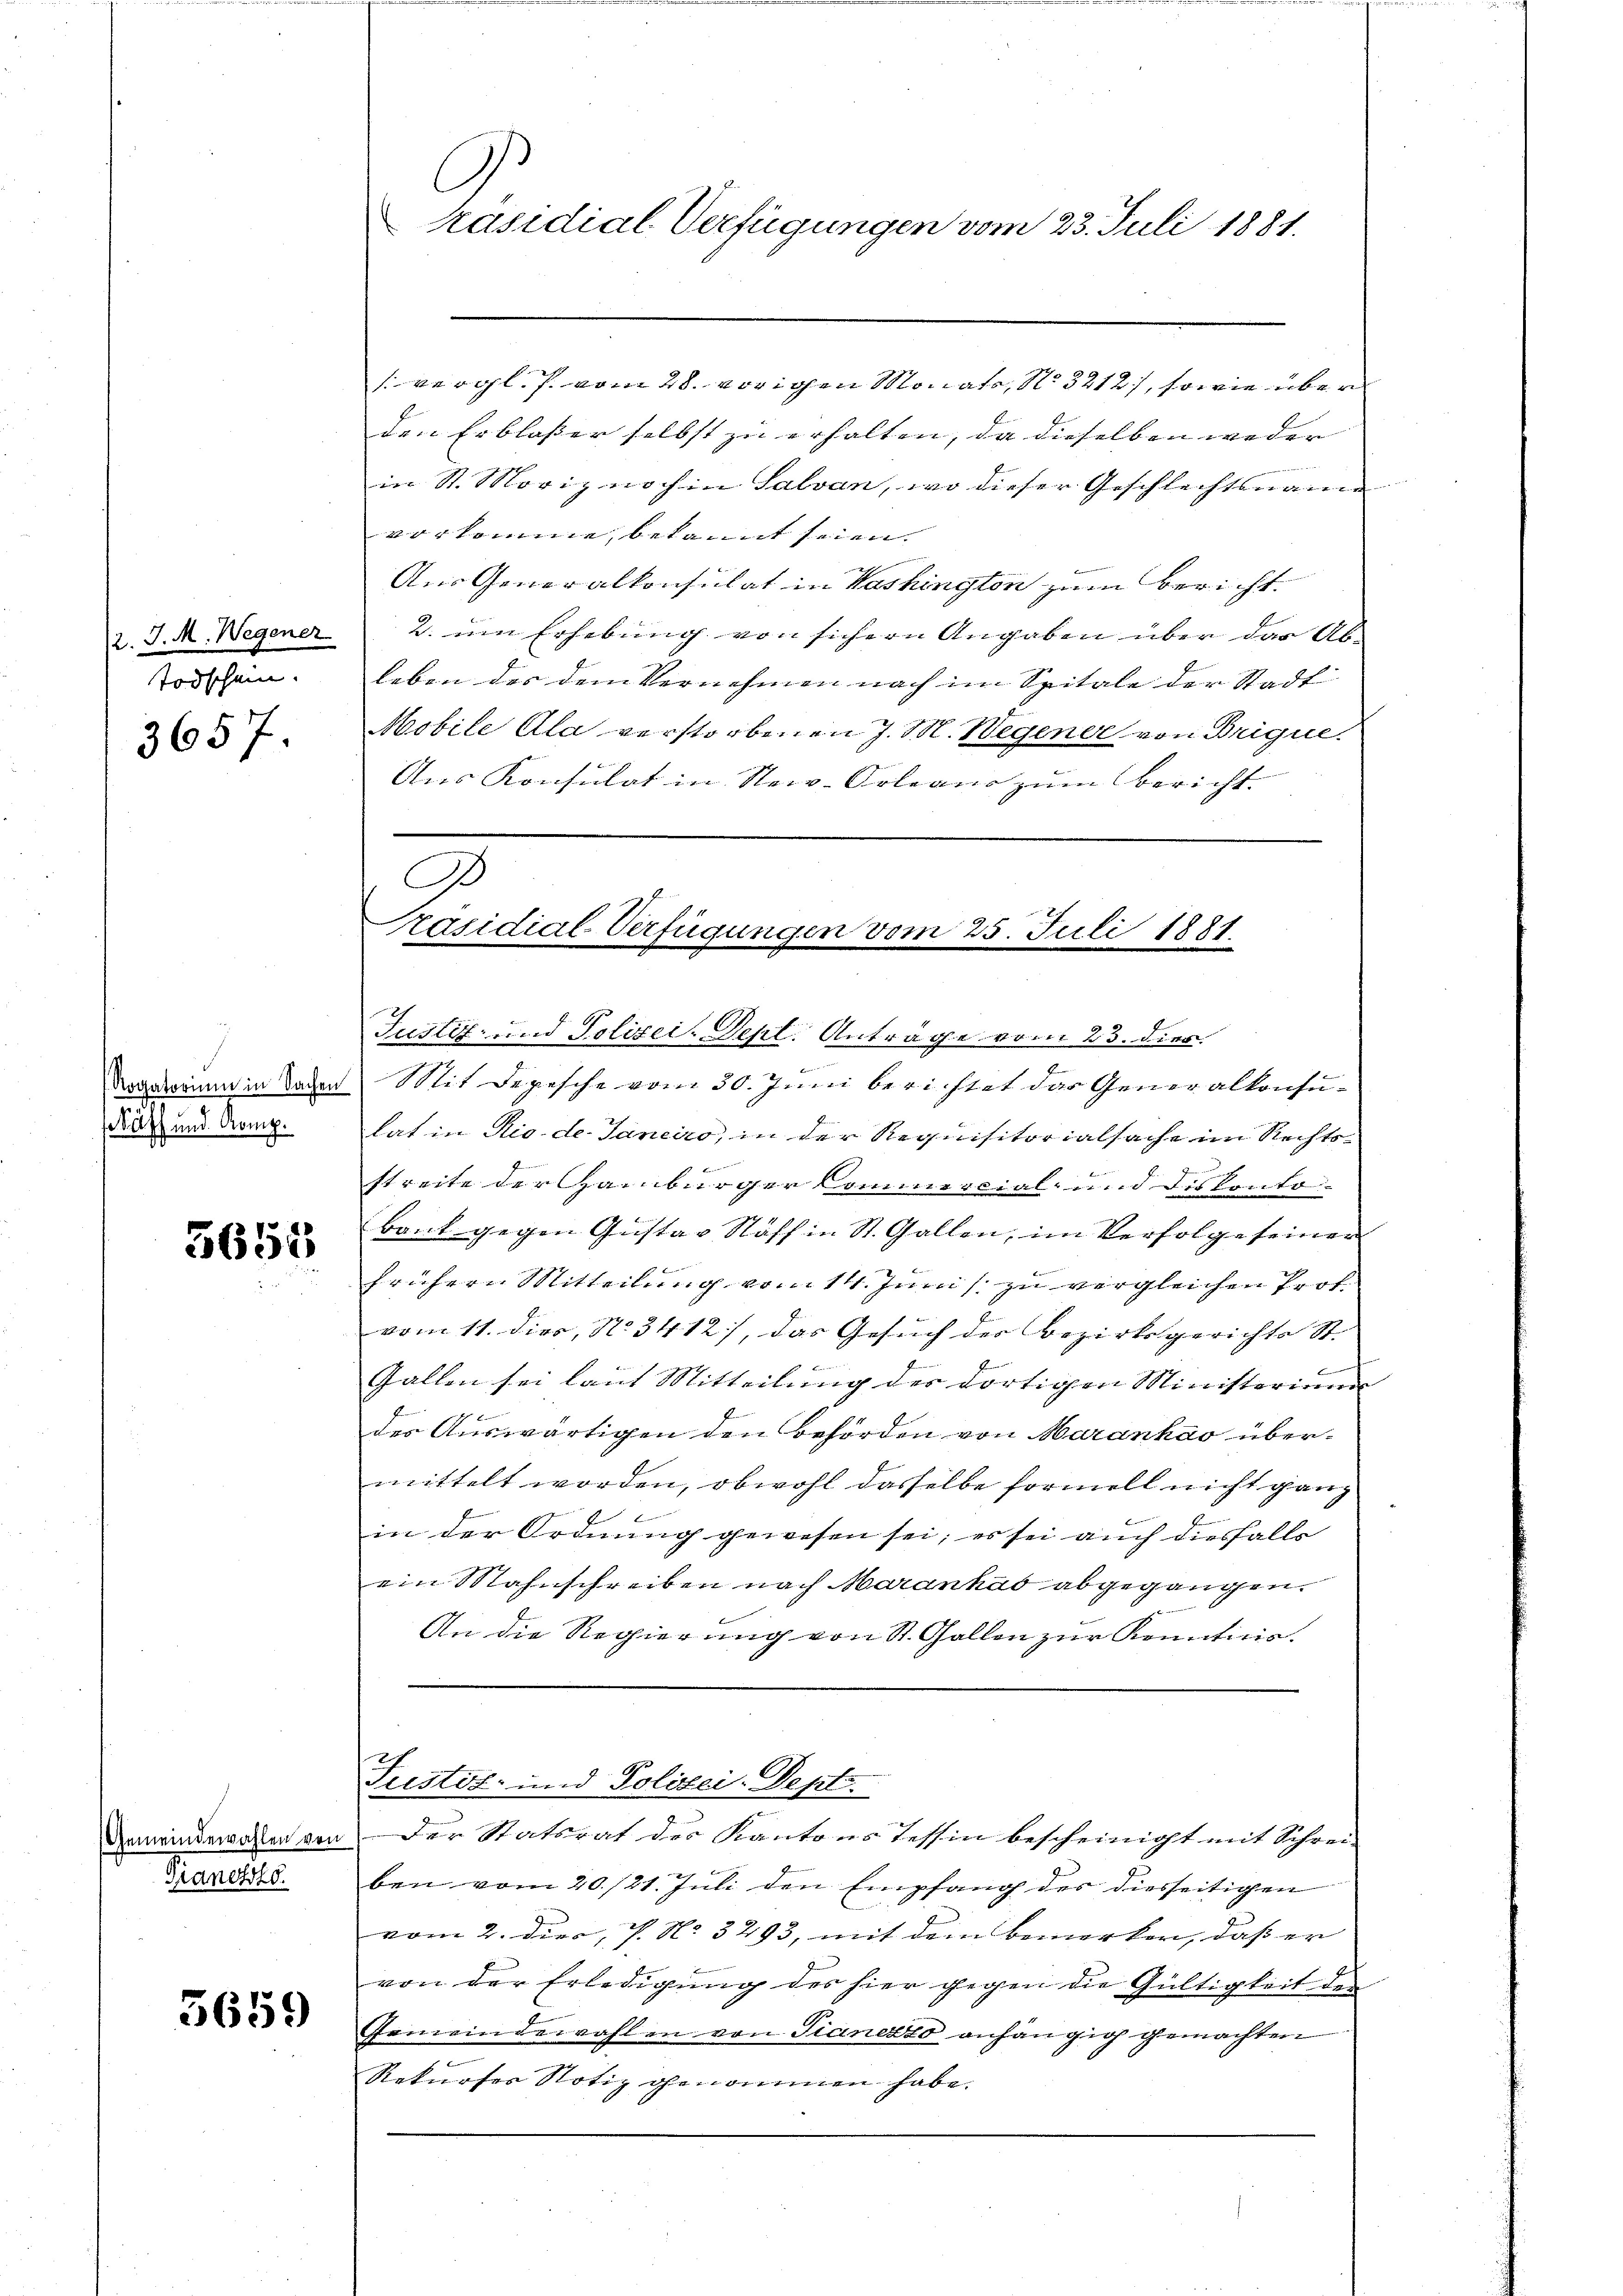
2. J. M. Wegener
Todschein.

3657.

Rogatorium in Sachen
.
äzz und Komp.

5655

Gemeindewahlen von
Pianotsko

5659

Präsidial-Verfügungen vom 23. Juli 1881.

vergl. vom 28. vorigen Monate, N. 3212), sowie über
den Erblasser selbst zu erhalten, da dieselben weder
in St. Moriz noch in Salvan, wo dieser Geschlechtsmann
vorkomme, bekannt seien.
Aus Generalkonsulat in Washington zum Bericht.
2. um Erhebung von sichern Angaben über der Ableben des dem Vernehmen nach im Spitale der Stadt
Mobile Ala verstorbenen J. M. Wegener von Brique
Aus Konsulat in New-Orleans zum Bericht
Mit Depesche vom 30. Juni berichtet das Generalkonsulat in Rio de. Janeiro, in der Requisitorialsache im Rechtsstreite der Hainbürger kommescial- und Diskonto-
Bank gegen Gustav Stoff in St. Gallen, im Verfolge seiner

2
frühern Mitteilung vom 14. Junis zu vergleichen Profvom 11. dies, N. 3412), das Gesuch der Bezirksgerichts St.
b
Fallen sei laut Mitteilung der dortigen Ministerium
des Auswärtigen den Behörden von Marankao übermittelt worden, obwohl dasselbe formell nicht ganz
E
in der Ordnung gewesen sei; es sei auch diesfalls
ein Mahnschreiben nach Maranhas abgegangen.
An die Regierung von St. Gallen zur Konnticis.

D
räsidial-Verfügungen vom 25. Juli 1881.
Justiz- und Polizei-Depl. Anträge vom 23. dien

ben vom 20./21. Juli den Empfang der diesseitigen
vom 2. dies, P. No. 3293, mit dem Bemerken, daß er
von der Erledigung des hier gegen die Gültigkeit der
Gemeindewahlen von Pianerzo anhängig gemachten.
Rekurser Notiz genommen habe.

Justiz- und Polizei-Depte
Der Statsrat des Kantons Tessin bescheinigt mit Schrei-